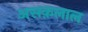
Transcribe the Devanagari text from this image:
असक़लाल